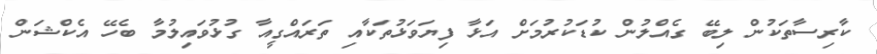
ކާރިސާތަކުން ލިބޭ ގެއްލުން ކުޑަކުރުމަށް އަޅާ ފިޔަވަޅުތަކާއި ތަރައްގީއާ ގުޅުވައިލުމާ ބެހޭ އެކްޝަން